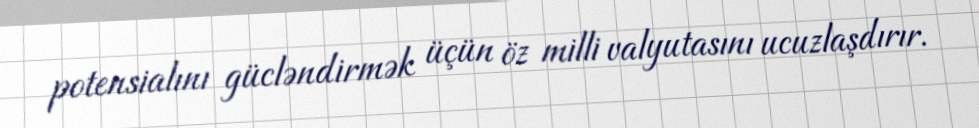
potensialını gücləndirmək üçün öz milli valyutasını ucuzlaşdırır.